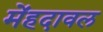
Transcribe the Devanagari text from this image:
मेंहदावल